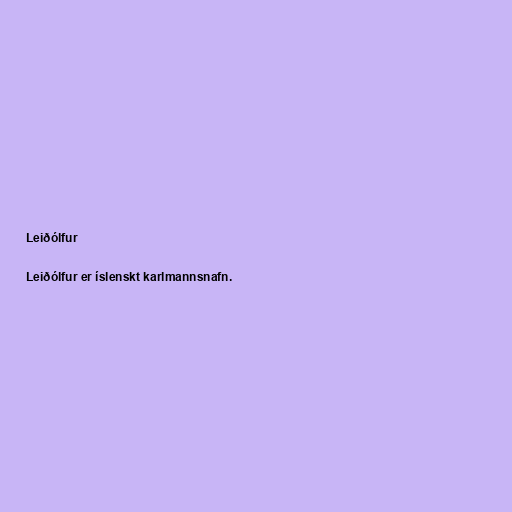
Leiðólfur

Leiðólfur er íslenskt karlmannsnafn.